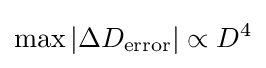
\max |\Delta D_{\text{error}}|\propto D^{4}